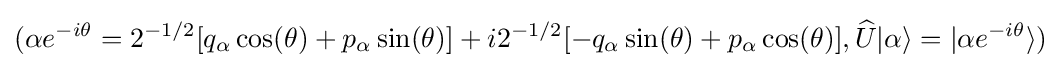
(\alpha e^{-i\theta }=2^{-1/2}[q_{\alpha }\cos(\theta )+p_{\alpha }\sin(\theta )]+i2^{-1/2}[-q_{\alpha }\sin(\theta )+p_{\alpha }\cos(\theta )],{\widehat {U}}|\alpha \rangle =|\alpha e^{-i\theta }\rangle )